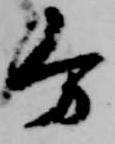
分